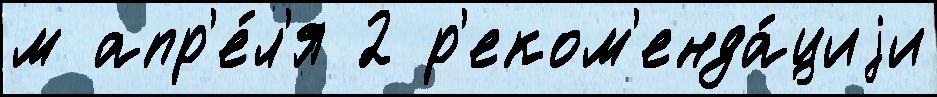
м апр'е́л'я 2 р'еком'енда́циjи